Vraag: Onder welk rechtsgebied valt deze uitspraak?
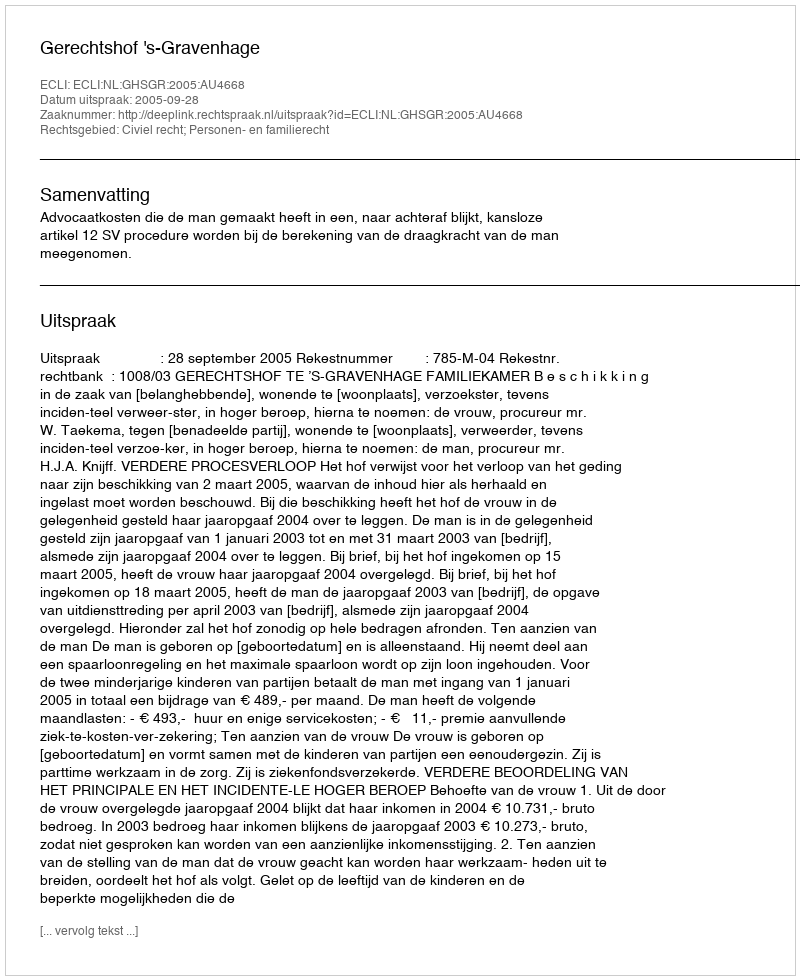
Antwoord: Civiel recht; Personen- en familierecht